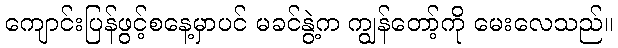
ကျောင်းပြန်ဖွင့်စနေ့မှာပင် မခင်နွဲ့က ကျွန်တော့်ကို မေးလေသည်။